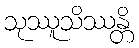
သုဿူသိဿန္တိ